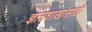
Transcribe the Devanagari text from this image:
ज्ञानशाखांसाठी